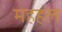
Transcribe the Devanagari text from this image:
महहल